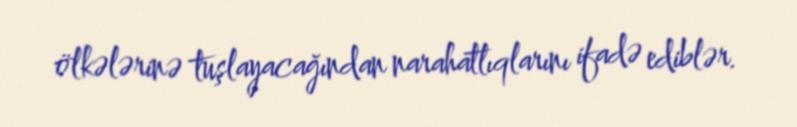
ölkələrinə tuşlayacağından narahatlıqlarını ifadə ediblər.